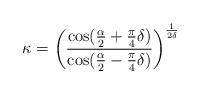
LaTeX: \begin{align*}\kappa=\left(\frac{\cos(\frac{\alpha}{2}+\frac{\pi}{4}\delta)}{\cos(\frac{\alpha}{2}-\frac{\pi}{4}\delta)}\right)^{\frac{1}{2\delta}}\end{align*}